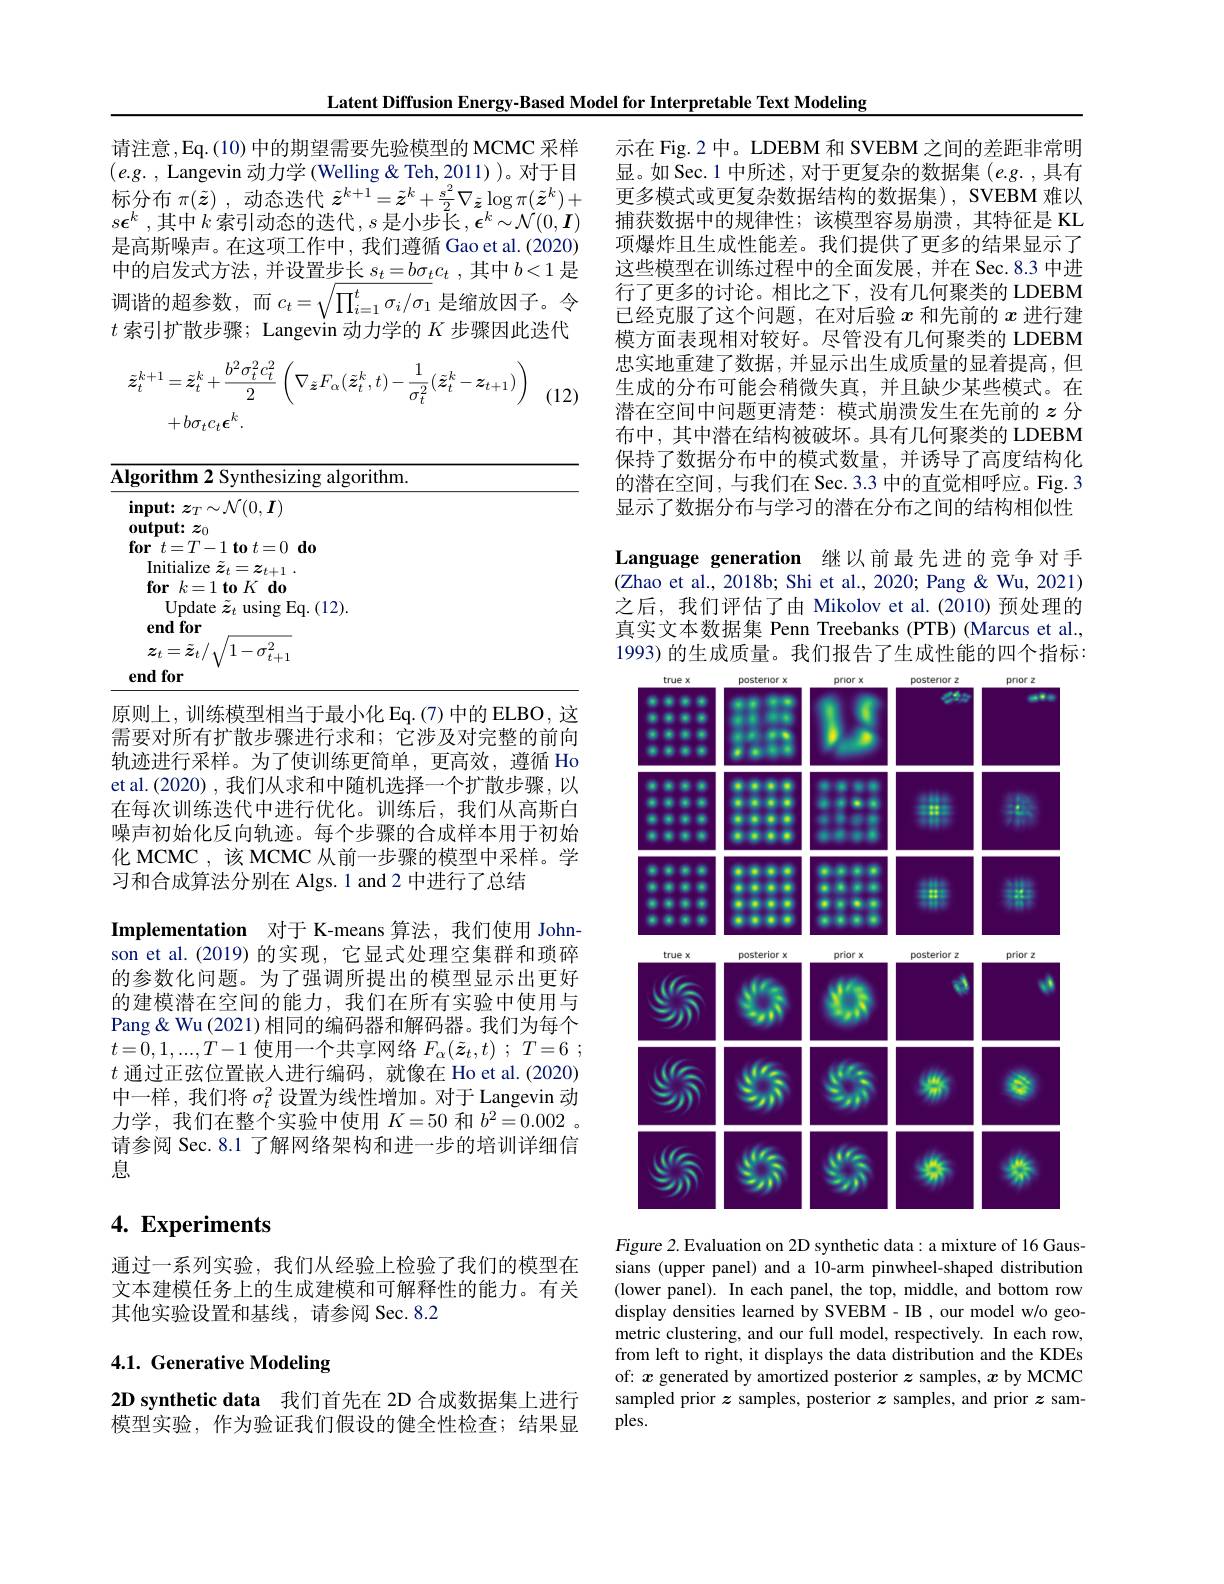
Latent Diffusion Energy-Based Model for Interpretable Text Modeling

请注意，Eq.(10)中的期望需要先验模型的 MCMC 采样$( e. g.$ , ${\mathrm{Langevin~}}\vec{\text{动 力 学 ( Welling }} \&$Teh,2011))。对于目标分布$\pi(\tilde{z})$ ,动态迭代$\tilde{z}^{k+1}=\tilde{z}^k+\frac{s^2}2\nabla_{\tilde{z}}\log\pi(\tilde{z}^k)+$ $s\epsilon ^{k}$ ,其中$k$索引动态的迭代$,s$ 是小步长$,\epsilon^k\sim\mathcal{N}(0,\boldsymbol{I})$ 是高斯噪声。在这项工作中，我们遵循 Gao et al.(2020) 中的启发式方法，并设置步长$s_t= b\sigma _tc_t$ ,其中$b<1$是调谐的超参数，而$c_t=\sqrt{\prod_{i=1}^t\sigma_i/\sigma_1}$是缩放因子。令$t$索引扩散步骤；Langevin 动力学的$K$步骤因此迭代
$$\begin{aligned}\tilde{z}_{t}^{k+1}&=\tilde{z}_{t}^{k}+\frac{b^{2}\sigma_{t}^{2}c_{t}^{2}}{2}\:\left(\nabla_{\tilde{z}}F_{\alpha}(\tilde{z}_{t}^{k},t)-\frac{1}{\sigma_{t}^{2}}(\tilde{z}_{t}^{k}-z_{t+1})\right)\\&+b\sigma_{t}c_{t}\boldsymbol{\epsilon}^{k}.\end{aligned}$$
(12)

<table>
	<tbody>
		<tr>
			<td>$\overline{\mathbf{AI}}$</td>
			<td>$\mathbf{Algorithm2}$ Synthesizing algorithm</td>
			<td>zing algorithm.</td>
		</tr>
	</tbody>
</table>

原则上，训练模型相当于最小化 Eq.(7)中的 ELBO, 这需要对所有扩散步骤进行求和；它涉及对完整的前向轨迹进行采样。为了使训练更简单，更高效，遵循 Ho et al.(2020) , 我们从求和中随机选择一个扩散步骤，以在每次训练迭代中进行优化。训练后，我们从高斯白噪声初始化反向轨迹。每个步骤的合成样本用于初始化 MCMC , 该 MCMC 从前一步骤的模型中采样。学习和合成算法分别在 Algs.1 and 2 中进行了总结
Implementation 对于 K-means 算法，我们使用 Johnson et al.(2019)的实现，它显式处理空集群和琐碎的参数化问题。为了强调所提出的模型显示出更好的建模潜在空间的能力，我们在所有实验中使用与Pang& Wu (2021) 相同的编码器和解码器。我们为每个$t=0,1,...,T-1$使用一个共享网络$F_\alpha ( \tilde{\boldsymbol{z}} _t, t)$ ; $T= 6$ ; $t$通过正弦位置嵌人进行编码，就像在 Ho et al.(2020) 中一样，我们将$\sigma_t^2$设置为线性增加。对于 Langevin 动力学，我们在整个实验中使用$K=50$和$b^2=0.002$ 。请参阅 Sec. 8.1 了解网络架构和进一步的培训详细信息

# 4. Experiments

通过一系列实验，我们从经验上检验了我们的模型在文本建模任务上的生成建模和可解释性的能力。有关其他实验设置和基线，请参阅 Sec. 8.2

# 4.1. Generative Modeling

$2\mathbf{D}$ synthetic data 我们首先在 2D 合成数据集上进行模型实验，作为验证我们假设的健全性检查；结果显

示在 Fig.2 中。LDEBM 和 SVEBM 之间的差距非常明显。如 Sec. 1 中所述，对于更复杂的数据集 $(e.g.$,具有更多模式或更复杂数据结构的数据集), SVEBM 难以捕获数据中的规律性；该模型容易崩溃，其特征是 KL 项爆炸且生成性能差。我们提供了更多的结果显示了这些模型在训练过程中的全面发展，并在 Sec.8.3 中进行了更多的讨论。相比之下，没有几何聚类的 LDEBM 已经克服了这个问题，在对后验$x$和先前的$x$进行建模方面表现相对较好。尽管没有几何聚类的 LDEBM 忠实地重建了数据，并显示出生成质量的显着提高，但生成的分布可能会稍微失真，并且缺少某些模式。在潜在空间中问题更清楚：模式崩溃发生在先前的$z$分布中，其中潜在结构被破坏。具有几何聚类的 LDEBM 保持了数据分布中的模式数量，并诱导了高度结构化的潜在空间，与我们在 Sec. 3.3 中的直觉相呼应。Fig. 3显示了数据分布与学习的潜在分布之间的结构相似性Language generation 继以前最先进的竞争对手(Zhao et al., 2018b; Shi et al., 2020; Pang & Wu, 2021) 之后，我们评估了由 Mikolov et al. (2010) 预处理的真实文本数据集 Penn Treebanks (PTB) (Marcus et al., 1993) 的生成质量。我们报告了生成性能的四个指标：

<FigureHere>

Figure 2. Evaluation on 2D synthetic data: a mixture of 16 Gaussians (upper panel) and a 10-arm pinwheel-shaped distribution (lower panel). In each panel, the top, middle, and bottom row display densities learned by SVEBM- IB , our model w/o geometric clustering, and our full model, respectively. In each row, from left to right, it displays the data distribution and the KDEs of: $x$ generated by amortized posterior $z$ samples, $x$ by MCMC sampled prior $z$ samples, posterior $z$ samples, and prior $z$ samples.